King Institute of Preventive Medicine Micro-Biological Section reports 1909-11
Year: 1909
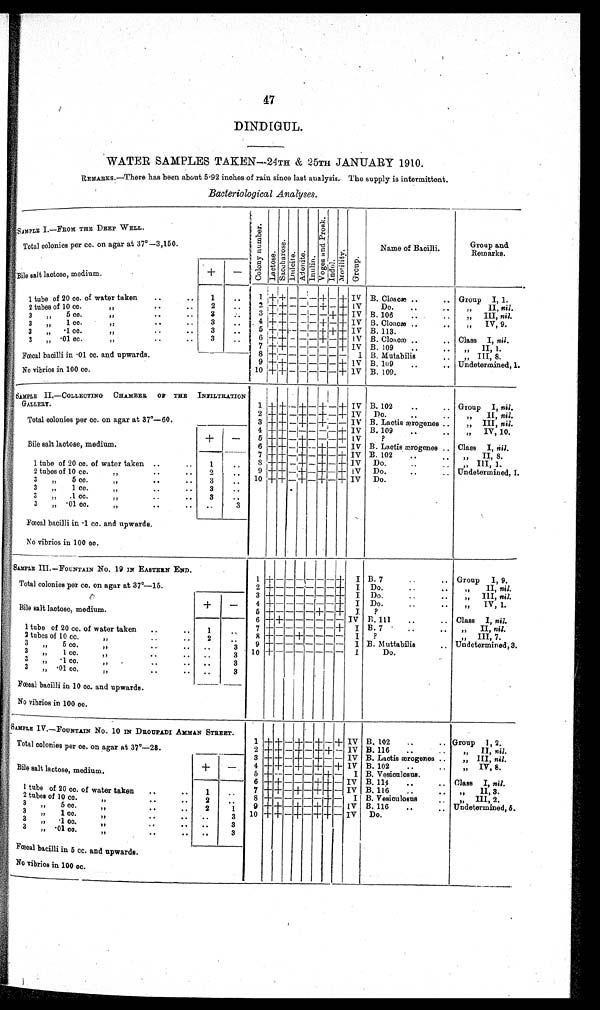
47
DINDIGUL.
WATER SAMPLES TAKEN—24TH & 25TH JANUARY 1910.
REMARKS.—There has been about 5·92 inches of rain since last analysis. The supply is intermittent.
Bacteriological Analyses.
SAMPLE I.—FROM THE DEEP WELL.
Col ony number .Lact ose.Sacchar ose.Dul ci t e.Adonite.Inulin.Vo g e s a n d P r o s k . Indol.Mot i l i t y.
G r o u p .
Name of Bacilli.Group and Remarks.
Total colonies per cc. on agar at 37°—3,150.
Bile salt lactose, medium.
+
−
1 t u b e o f 2 0 c c . o f w a t e r t a k e n
1
1 + + − − − + − +
I V B. Cloæ
Group I, 1.
2 tubes of 10 cc.
„
2
2 + + − − − + − + IV
Do.
„
I,
nil .
3 „ 5 cc. „
3
3
+ + − − − − + + IV B. 106
„
I,
nil.
3 „ 1 cc. „
3
4 + +
− − − + − + IV B. Cloacæ
„
IV,
9.
3 „·1 cc. „
3
5 + + − − − + + + IV B. 113.
3 „·01 cc. „
3
6
+ + − − − + − + IV B. Cloacæ
Class I, nil.
7 + + − − − − − + IV B. 109
„ II, 1
Fœcal bacilli in ·01 cc. and upwards.
8
+ - − − − − − −
I
B. Mu t a b i l i s
„ III, 8.
9 + + − − − − − + IV B. 109
U n d e t e r m i n e d , 1 .
No vibrios in 100 cc.
10 +
+ − − − − − + IV B. 109.
SAMPLE II.—COLLECTING CHAMBER OF THE INFILTRATION GALLERY.
1 + + − + − + − + IV B. 102
Group I, nil.
2
+ + − + − + − + IV
Do.
„ II, nil.
Total colonies per cc. on agar at 37°—60.
3 +
+ − + − + − − IV B. Lactis ærogenes
„ II, nil.
4 + +
− − − − − + IV B. 109
„ IV, 10.
Bile salt lactose, medium.
+
−
5 + + − + − − − + IV
?
6 + + − + − + − - IV
B . L a c t i s æ r o g e n e s
Class I, nil.
7 + + − + − + − + IV B. 102
„ II, 8.
1 tube of 20 cc. of water taken
1
8 + + − + − + − + IV
Do.
„ III, 1.
2
tubes
fo
10
cc.
„
2
9 + + − + − + − + IV
Do.
Undetermined, 1.
3 „ 5 cc.
„
3
10 + + − + − + − + IV
Do.
3 „ 1 cc.
„
3
3 „ ·1 cc.
„
3
3 „ ·01 cc.
„
3
Fœcal bacilli in ·1 cc. and upwards.
No vibrios in 100 cc.
SAMPLE III.—FOUNTAIN No. 19 IN EASTERN END.
1 + − − − − − − +
I B. 7
Group I, 9.
Total colonies per cc. on agar at 37°—15.
2 + − – – – – – +
I Do.
,, II, nil.
3 + – – – – – – +
I Do.
,, III, nil.
+
– 4 + – – – – – – + I Do.
,, IV, 1.
Bile salt lactose, medium.
5 + – – – – + – +
I
?
6 + + – – – – – – IV B.111
Class I, nil.
1 tube of 20 cc. of water taken
1
7 + – – – – – – + I B. 7
,, II, n i l .
2 t u b e s o f 1 0 c c . , ,
2
8 + – – + – – – –
I
?
„ III, 7.
3 ,, 5 cc.,,
3
9
+ – – – – – – –
I B. Muttabilis
Undetermined, 3.
3 ,, 1 cc. ,,
3
10
+ – – – – – – –
I
D o .
3 ,, ·1 cc. ,,
3
3 ,, ·01 cc. ,,
3
Fœcal bacilli in 10 cc. and upwards.
No vibrios in 100 cc.
SAMPLE IV.—FOUNTAIN NO. 10 IN DEOUPADI AMMAS STREET.
1 + + – + – + – + IV B. 102
Group 1, 2.
Total colonies per cc. on agar at 37°—28.
2 + + – + – – + – IV B. 116
„ II, nil.
3 + + – + – + – – IV
B . L a c t i s æ r o g e n e s
„ III, nil.
+
–
4 + + – + – – – + IV B. 102
, , I V , 8 .
Bile salt lactose, medium.
5 + – – – – – + –
I B. Vesiculosus.
6 + + – – – + + – IV B. 114
Class I,
nil.
1 tube of 20 cc. of water taken
1
7 + + – + – + + –
I V B. 116
,, II, 3.
2 tubes of 10 cc. ,,
2
8 + – – – – – + –
I B. Vesiculosus
,, III, 2.
3 ,, 5 cc. ,,
2
1
9 + + – + – + + –
IV B. 116
Undetermined,6.
3 ,, 1 cc. ,,
3
10 + + – + – + + – IV
Do.
3 ,, ·1 cc. ,,
3
3 ,, ·01 co. ,,
3
Fœcal bacilli in 5 cc. and upwards.
No vibrios in 100 cc.